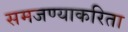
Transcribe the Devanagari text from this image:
समजण्याकरिता